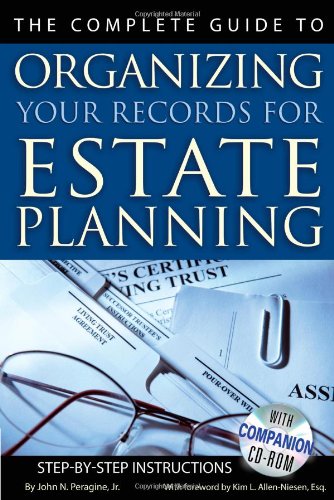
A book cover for The Complete Guide to Organizing Your Records for Estate Planning: Step-by-Step Instructions; John N Peragine Jr.; Law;